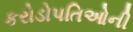
કરોડોપતિઓની